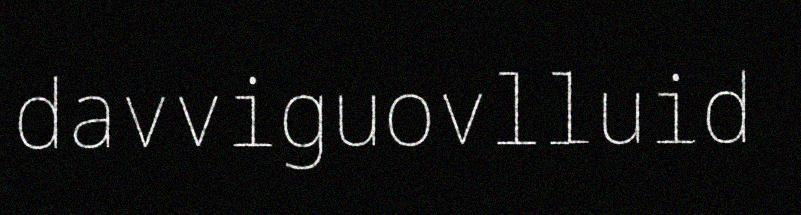
davviguovlluid